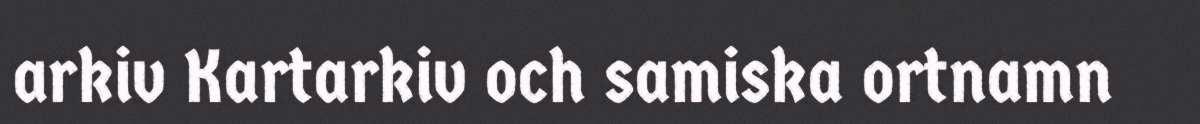
arkiv Kartarkiv och samiska ortnamn